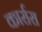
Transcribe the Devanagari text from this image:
कार्रारा